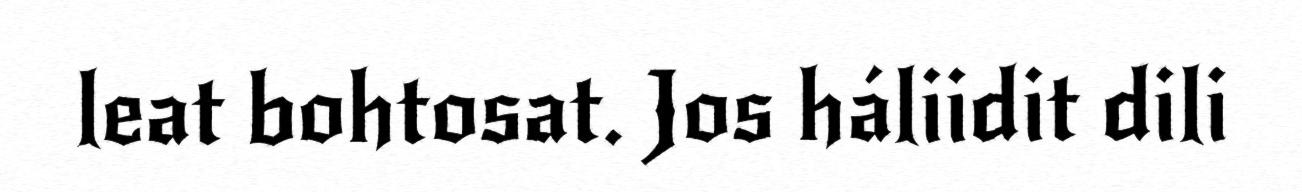
leat bohtosat. Jos háliidit dili